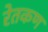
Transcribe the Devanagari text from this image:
रेतकण